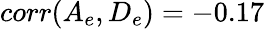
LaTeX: corr(A_{e},D_{e})=-0.17